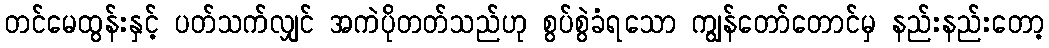
တင်မေထွန်းနှင့် ပတ်သက်လျှင် အကဲပိုတတ်သည်ဟု စွပ်စွဲခံရသော ကျွန်တော်တောင်မှ နည်းနည်းတော့